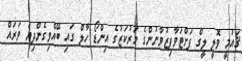
ޤައުމީ ވޮލީ ލީގް ފަށްޓަވާފިޒުވާނުންގެ މަރުކަޒުގެ އިންޑޯ ހާލް ގައި ބޭއްވިގެންދިޔަ ވަރައް